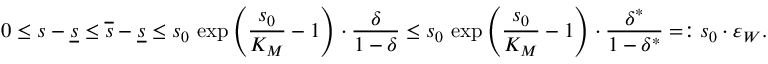
0 \leq s - \underline { { s } } \leq \overline { { s } } - \underline { { s } } \leq s _ { 0 } \, \exp \left( \frac { s _ { 0 } } { K _ { M } } - 1 \right) \cdot \frac { \delta } { 1 - \delta } \leq s _ { 0 } \, \exp \left( \frac { s _ { 0 } } { K _ { M } } - 1 \right) \cdot \frac { \delta ^ { * } } { 1 - \delta ^ { * } } = : s _ { 0 } \cdot \varepsilon _ { W } .